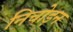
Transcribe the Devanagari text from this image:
निचोड़न